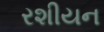
રશીયન